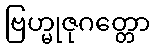
ဗြဟ္မုဇုဂတ္တော